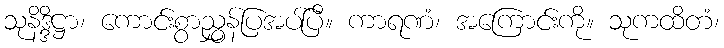
သုနိဒ္ဒိဋ္ဌာ၊ ကောင်းစွာညွှန်ပြအပ်ပြီ။ ကာရဏံ၊ အကြောင်းကို။ သုကထိတံ၊